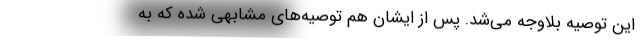
این توصیه بلاوجه می‌شد. پس از ایشان هم توصیه‌های مشابهی شده که به